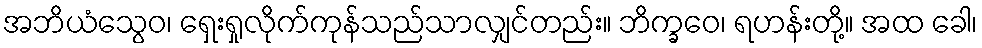
အဘိယံသွေဝ၊ ရှေးရှုလိုက်ကုန်သည်သာလျှင်တည်း။ ဘိက္ခဝေ၊ ရဟန်းတို့။ အထ ခေါ၊